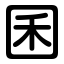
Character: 囷